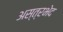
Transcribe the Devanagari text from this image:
अस्त्रभेद